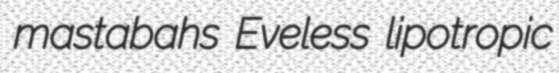
mastabahs Eveless lipotropic